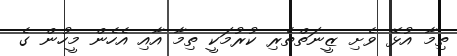
ތިމާ އުޅޭ ވެށި ޒީނަތްތެރި ކުރުމަކީ ތިމާ އާއި އެހެން މީހުން ގެ